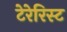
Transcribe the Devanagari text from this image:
टेरेरिस्ट